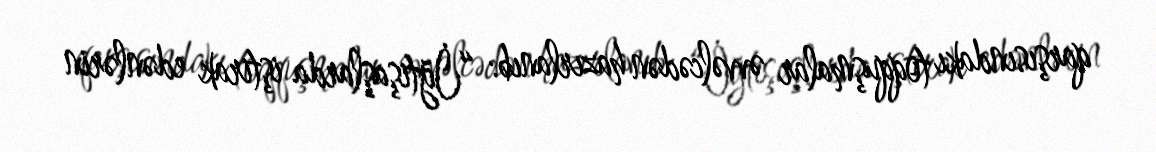
qarşısındakı toqquşmalar əvvəlcədən hazırlanıb: “İğtişaşlarda iştirak edənlərin